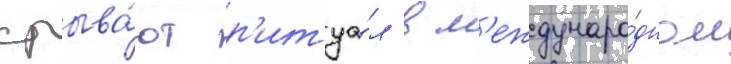
срыва́ют р'итуа́л в м'еждунаро́дном